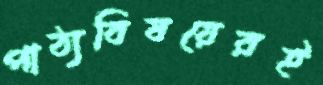
পাঠ্যবিষয়েরই